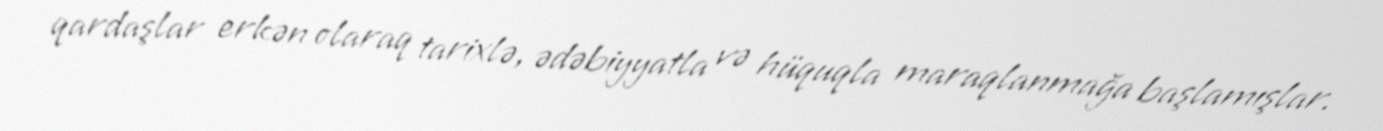
qardaşlar erkən olaraq tarixlə, ədəbiyyatla və hüquqla maraqlanmağa başlamışlar.